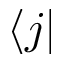
\langle j |